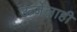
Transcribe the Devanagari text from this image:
ऊर्जेलाही